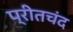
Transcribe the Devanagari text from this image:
प्रीतचंद